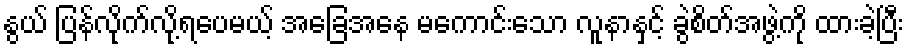
နွယ် ပြန်လိုက်လို့ရပေမယ့် အခြေအနေ မကောင်းသော လူနာနှင့် ခွဲစိတ်အဖွဲ့ကို ထားခဲ့ပြီး